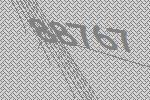
88767